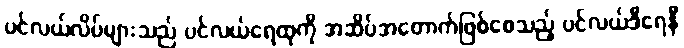
ပင်လယ်လိပ်များသည် ပင်လယ်ရေထုကို အဆိပ်အတောက်ဖြစ်စေသည့် ပင်လယ်ဒီရေနီ